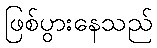
ဖြစ်ပွားနေသည်